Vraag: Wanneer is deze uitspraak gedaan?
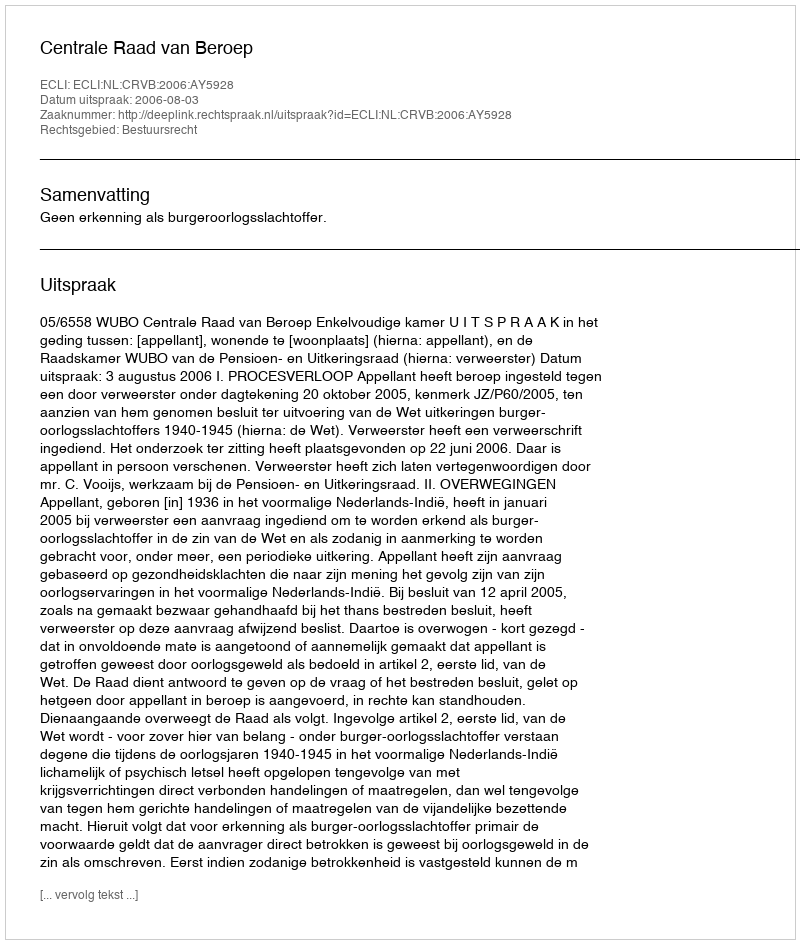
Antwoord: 2006-08-03